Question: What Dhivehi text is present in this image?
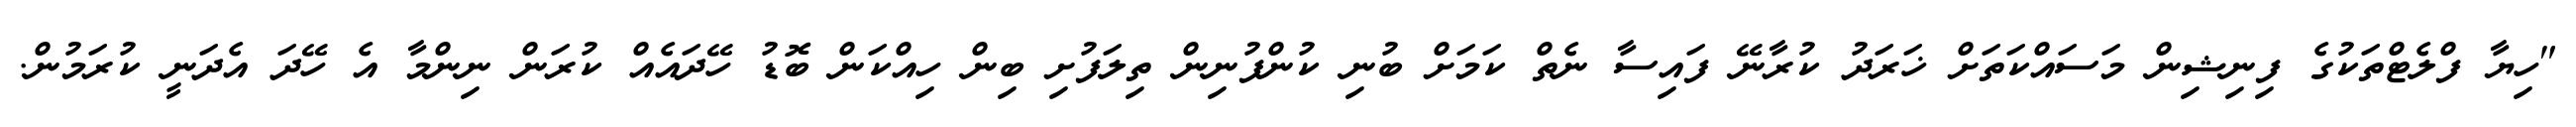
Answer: "ހިޔާ ފްލެޓްތަކުގެ ފިނިޝިން މަސައްކަތަށް ޚަރަދު ކުރާނޭ ފައިސާ ނެތް ކަމަށް ބުނި ކުންފުނިން ތިލަފުށި ބިން ހިއްކަން ބޮޑު ހޭދައެއް ކުރަން ނިންމާ އެ ހޭދަ އެދަނީ ކުރަމުން.